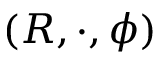
( R , \cdot , \phi )